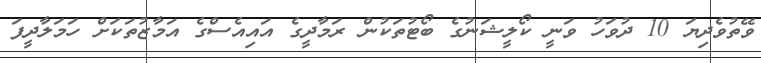
ވޭތުވެދިޔަ 10 ދުވަހު ވަނީ ކޯލީޝަނުގެ ބޯޓުތަކުން ރަމާދީގެ އައިއެސްގެ އަމާޒުތަކަށް ހަމަލާދީފަ